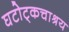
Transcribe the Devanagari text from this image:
घटोट्कचाश्रय